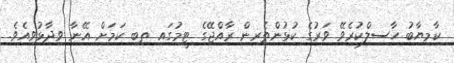
ކާމިޔާބު ހާސިލްކުރެވޭ ވަރުގެ ކުޅުންތެރިން ރާއްޖޭގެ ޓީމުގައި ތިބި ކަމަށް އޭނާ ވިދާޅުވިއެވެ.